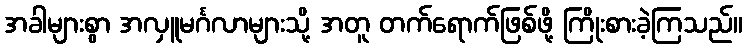
အခါများစွာ အလှူမင်္ဂလာများသို့ အတူ တက်ရောက်ဖြစ်ဖို့ ကြိုးစားခဲ့ကြသည်။